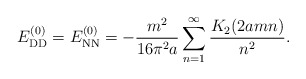
\begin{align*}E_{\rm DD}^{(0)}=E_{\rm NN}^{(0)}=-\frac{m^2}{16\pi^2 a}\sum_{n=1}^{\infty}\frac{K_2(2amn)}{n^2}.\end{align*}